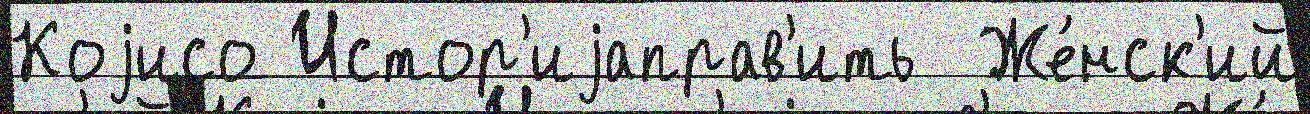
Коjисо Истор'иjаправ'ить  Же́нск'ий